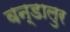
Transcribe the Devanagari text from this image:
वन्डालुर